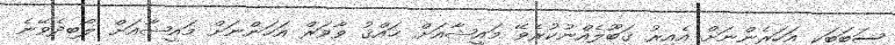
ސަބަބަކީ އަހަރެންނަށް އެއިރު ޤަބޫލެއްނުކުރެވޭ މައީޝާއަށް ޙައްޤު ވާވަރް އަހަންނަށް މައީޝާއަށް ލޯބިދެވޭނެ